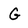
Character: G